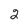
Character: 2